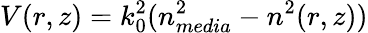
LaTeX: V(r,z)=k_{0}^{2}(n_{media}^{2}-n^{2}(r,z))